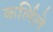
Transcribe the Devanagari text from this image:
कर्लिले